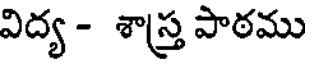
విద్య - శాస్త్ర పాఠము